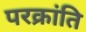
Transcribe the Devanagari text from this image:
परक्रांति